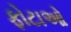
ફોટાઓ